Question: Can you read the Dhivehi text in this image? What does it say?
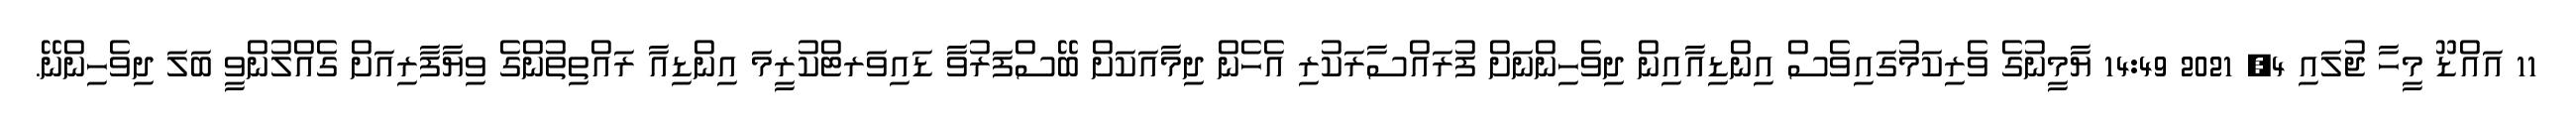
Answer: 11 އައްޑޫ މީހާ ޖުލައި 4, 2021 14:49 ޔާމީނުގެ ވެރިކަމުގައިވެސް އިންޑިއާއިން ދިވެހިންނަށް ފުރައްސާރަކުރި އެހެން ދިމާއަކަށް ބޭސްފަރުވާ ޑައިވަރޓްކުރީމަ އިންޑިއާ ރައްތިތުންގެ ވިޔާފާރިއަށް ގެއްލުންވީ ބަލަ ދިވެހިންނޭ.